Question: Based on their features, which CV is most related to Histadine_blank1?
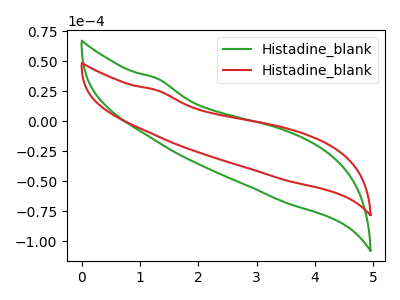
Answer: <think>The green curve "Histadine_blank1" has no peaks. The red curve "Histadine_blank2" has no peaks.
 Neither "Histadine_blank1" or "Histadine_blank2" have any peaks.</think>
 <answer>The CV with the most similar shape to "Histadine_blank2" is "Histadine_blank1".</answer>
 <eval>"Histadine_blank1"</eval>